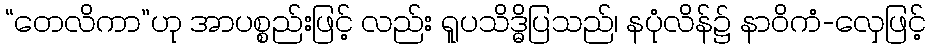
“တေလိကာ”ဟု အာပစ္စည်းဖြင့် လည်း ရူပသိဒ္ဓိပြသည်၊ နပုံလိန်၌ နာဝိကံ-လှေဖြင့်